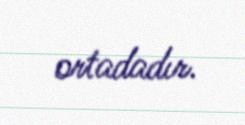
ortadadır.